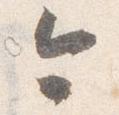
今